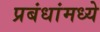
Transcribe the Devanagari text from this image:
प्रबंधांमध्ये